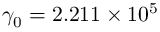
\gamma _ { 0 } = 2 . 2 1 1 \times 1 0 ^ { 5 }